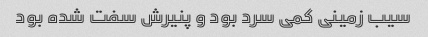
سیب زمینی کمی سرد بود و پنیرش سفت شده بود